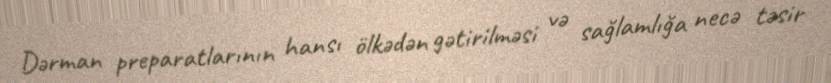
Dərman preparatlarının hansı ölkədən gətirilməsi və sağlamlığa necə təsir